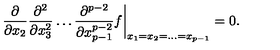
\frac { \partial } { \partial x _ { 2 } } \frac { \partial ^ { 2 } } { \partial x _ { 3 } ^ { 2 } } \dots \frac { \partial ^ { p - 2 } } { \partial x _ { p - 1 } ^ { p - 2 } } f \biggr | _ { x _ { 1 } = x _ { 2 } = \dots = x _ { p - 1 } } = 0 .